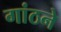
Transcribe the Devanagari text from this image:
गांठने